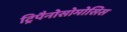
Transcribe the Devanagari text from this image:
ट्रिपैनोसोमोसिस